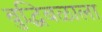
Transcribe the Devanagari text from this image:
बुद्धिबळाला